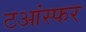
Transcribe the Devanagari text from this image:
टआंस्फर